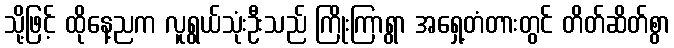
သို့ဖြင့် ထိုနေ့ညက လူရွယ်သုံးဦးသည် ကြိုးကြာရွာ အရှေ့တံတားတွင် တိတ်ဆိတ်စွာ